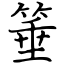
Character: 箠